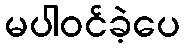
မပါဝင်ခဲ့ပေ